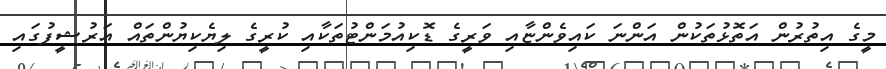
މީގެ އިތުރުން އަތޮޅުތަކުން އަންނަ ކައިވެންޏާއި ވަރީގެ ޑޮކިއުމަންޓުތަކާއި ކުރީގެ ލިޔެކިޔުންތައް އަރުޝީފުގައި